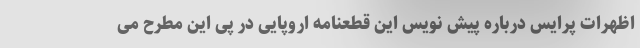
اظهرات پرایس درباره پیش نویس این قطعنامه اروپایی در پی این مطرح می